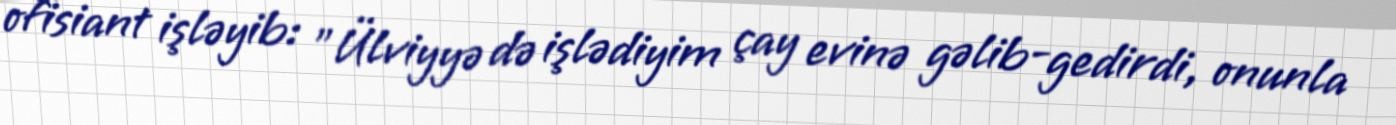
ofisiant işləyib: "Ülviyyə də işlədiyim çay evinə gəlib-gedirdi, onunla